Report of the Hyderabad Chloroform Commission
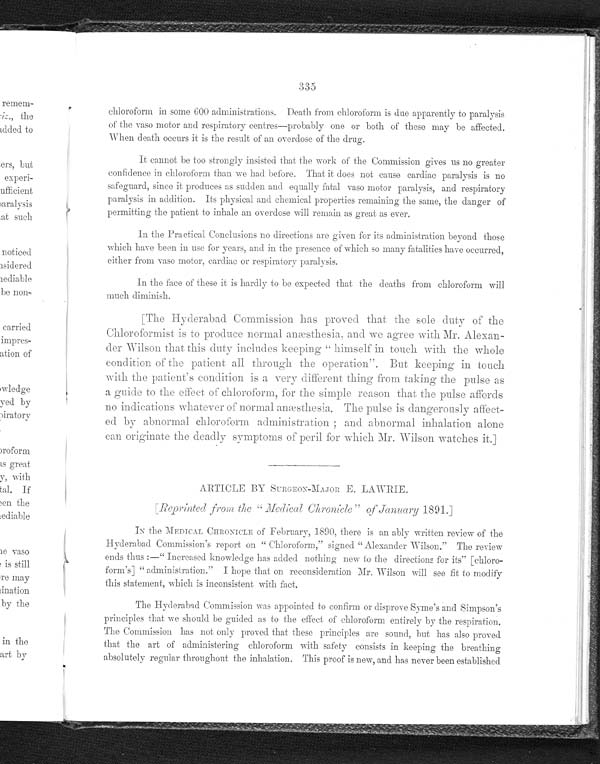
335
chloroform in some 600 administrations. Death from chloroform is due apparently to paralysis
of the vaso motor and respiratory centres—probably one or both of these may be affected.
When death occurs it is the result of an overdose of the drug.
It cannot be too strongly insisted that the work of the Commission gives us no greater
confidence in chloroform than we had before. That it does not cause cardiac paralysis is no
safeguard, since it produces as sudden and equally fatal vaso motor paralysis, and respiratory
paralysis in addition. Its physical and chemical properties remaining the same, the danger of
permitting the patient to inhale an overdose will remain as great as ever.
In the Practical Conclusions no directions are given for its administration beyond those
which have been in use for years, and in the presence of so many fatalities have occurred,
either from vaso motor, cardiac or respiratory paralysis.
In the face of these it is hardly to be expected that the deaths from chloroform will
much diminish.
[The Hyderabad Commission has proved that the sole duty of the
Chloroformist is to produce normal anæsthesia, and we agree with Mr. Alex
a n - d e r W i l s o n t h a t t h i s d u t y i n c l u d e s k e e p i n g " h i m s e l f i n t o u c h w i t h t h e
w h o l e c o n d i t i o n o f t h e p a t i e n t a l l t h r o u g h t h e o p e r a t i o n " . B u t k e e p i n g i n t o u c h
with the patient's condition is a very different thing from taking the pulse as
a gui de t o t he ef f ect of chl or of or m, f or t he s i mpl e r eas on t hat t he pul s e af f or ds
no indications whatever of normal anæsthesia. The pulse is dangero
usly affect-ed by abnormal chloroform administration; and abnormal inhalation alone
can originate the deadly symptoms of peril for which Mr. Wilson watches it.]
A R T I C L E B Y S U R G E O N - M A J O R E . L A W R I E .
[ R e p r i n t e d
f r o m t h e " M e d i c a l C h r o n i c l e " o f J a n u a r y 1 8 9 1 . ]
I N T H E M E D I C A L C H R O N I C L E o f F e b r u a r y , 1 8 9 0 , there is an ably written review of the
H y d e r a b a d C o m m i s s i o n ' s r e p o r t o n " C h l o r o f o r m , " s i g n e d " A l e x a n d e r W i l s o n . " T h e r e v i e w
ends thus:—"Increased knowledge has added nothing new to the directions for its" [chloro--
form's] "administration." I hope that on reconsideration Mr. Wilson will see fit to modify
this statement, which is inconsistent with fact.
The Hyderabad Commission was appointed to confirm or disprove Syme's and Simpson's
principles that we should be guided as to the effect of chloroform entirely by the respiration.
The Commission has not only proved that these principles are sound, but has also proved
that the art of administering chloroform with safety consists in keeping the breathing
absolutely regular throughout the inhalation. This proof is new, and has never been established